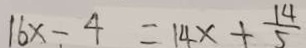
1 6 x - 4 = 1 4 x + \frac { 1 4 } { 5 }